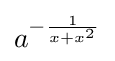
a^{-{\frac {1}{x+x^{2}}}}